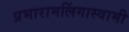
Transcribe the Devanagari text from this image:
प्रभारामलिंगास्वामी